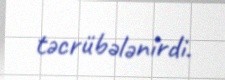
təcrübələnirdi.